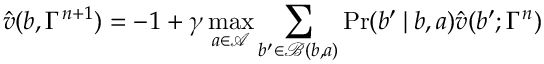
\hat { v } ( b , \Gamma ^ { n + 1 } ) = - 1 + \gamma \operatorname* { m a x } _ { a \in \mathcal { A } } \sum _ { b ^ { \prime } \in \mathcal { B } ( b , a ) } \operatorname* { P r } ( b ^ { \prime } \! \mid \! b , a ) \hat { v } ( b ^ { \prime } ; \Gamma ^ { n } )